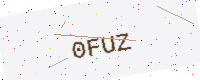
Text: 0FUZ